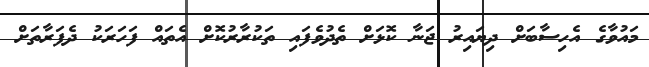
މައުވާގެ އެހިސާބަށް ދިޔައިރު ޖަނާ ކޮޅަށް ތެދުވެފައި ތަކުރާރުކޮށް އެތައް ފަހަރަކު ދެފަރާތަށް